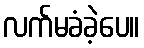
လက်မခံခဲ့ပေ။